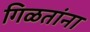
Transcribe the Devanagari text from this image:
गिळतांना